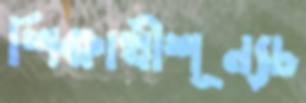
শিক্ষার্থীশূন্যচ